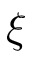
\xi